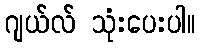
ဂျယ်လ် သုံးပေးပါ။